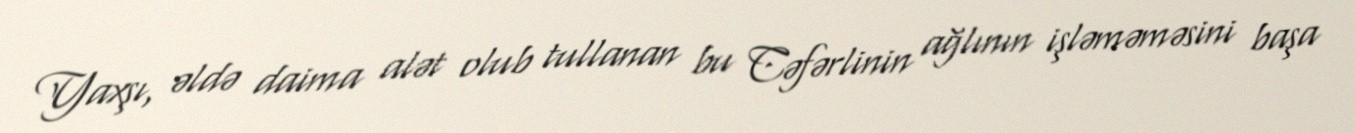
Yaxşı, əldə daima alət olub tullanan bu Cəfərlinin ağlının işləməməsini başa